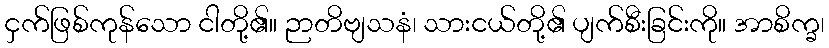
ငှက်ဖြစ်ကုန်သော ငါတို့၏။ ဉာတိဗျသနံ၊ သားငယ်တို့၏ ပျက်စီးခြင်းကို။ အာစိက္ခ၊